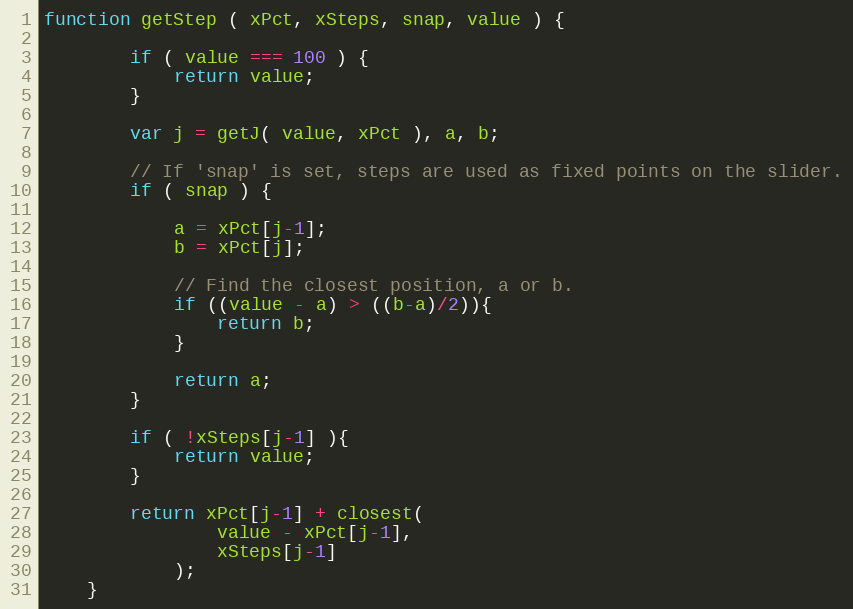
Language: JavaScript
function getStep ( xPct, xSteps, snap, value ) {

        if ( value === 100 ) {
            return value;
        }

        var j = getJ( value, xPct ), a, b;

        // If 'snap' is set, steps are used as fixed points on the slider.
        if ( snap ) {

            a = xPct[j-1];
            b = xPct[j];

            // Find the closest position, a or b.
            if ((value - a) > ((b-a)/2)){
                return b;
            }

            return a;
        }

        if ( !xSteps[j-1] ){
            return value;
        }

        return xPct[j-1] + closest(
                value - xPct[j-1],
                xSteps[j-1]
            );
    }